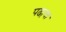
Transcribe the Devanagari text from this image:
पढा़या